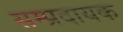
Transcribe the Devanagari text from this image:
सम्‍प्रदायक